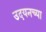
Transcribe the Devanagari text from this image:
उदयनच्या